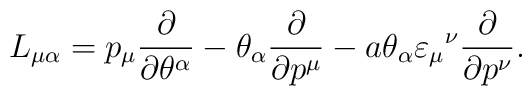
L_{\mu \alpha} = p_{\mu} \frac{\partial}{\partial \theta^{\alpha}}- \theta_{\alpha} \frac{\partial}{\partial p^{\mu}} - a \theta_{\alpha}\varepsilon_{\mu}{}^{\nu} \frac{\partial}{\partial p^{\nu}}. \\